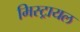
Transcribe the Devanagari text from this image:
मिस्ट्रायल